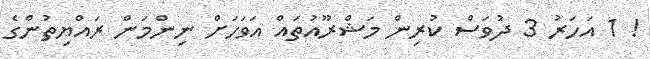
! 1 އަހަރު 3 ދުވަސް ކުރިން މަޝްރޫއުތައް އަވަހަށް ނިންމަން ރައްޔިތުންގެ